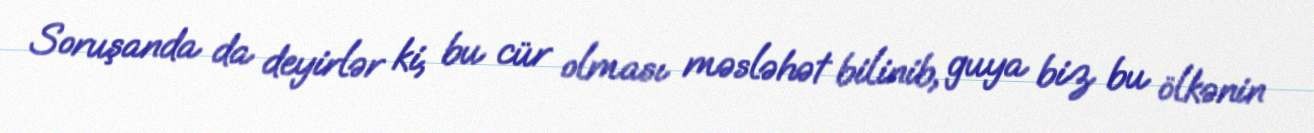
Soruşanda da deyirlər ki, bu cür olması məsləhət bilinib, guya biz bu ölkənin